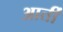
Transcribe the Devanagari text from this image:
आर्ती